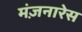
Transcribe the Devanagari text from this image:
मंज़नारेस